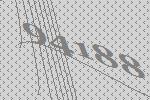
94188